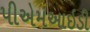
પીએમઆઇડી